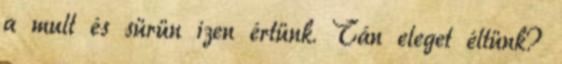
a mult és sürün izen értünk. Tán eleget éltünk?